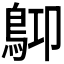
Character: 𪀃